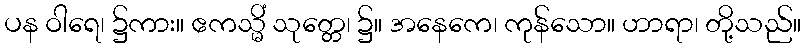
ပန ဝါရေ၊ ၌ကား။ ဧကသ္မိံ သုတ္တေ၊ ၌။ အနေကေ၊ ကုန်သော။ ဟာရာ၊ တို့သည်။